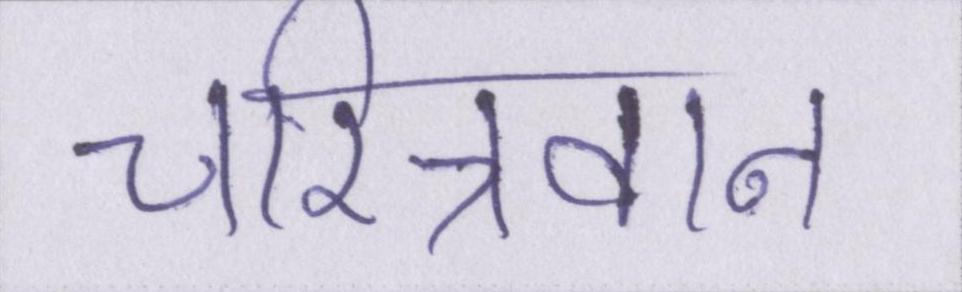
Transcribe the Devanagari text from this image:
चरित्रवान